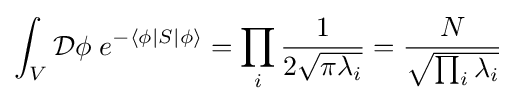
\int _{V}{\mathcal {D}}\phi \;e^{-\langle \phi |S|\phi \rangle }=\prod _{i}{\frac {1}{2{\sqrt {\pi \lambda _{i}}}}}={\frac {N}{\sqrt {\prod _{i}\lambda _{i}}}}